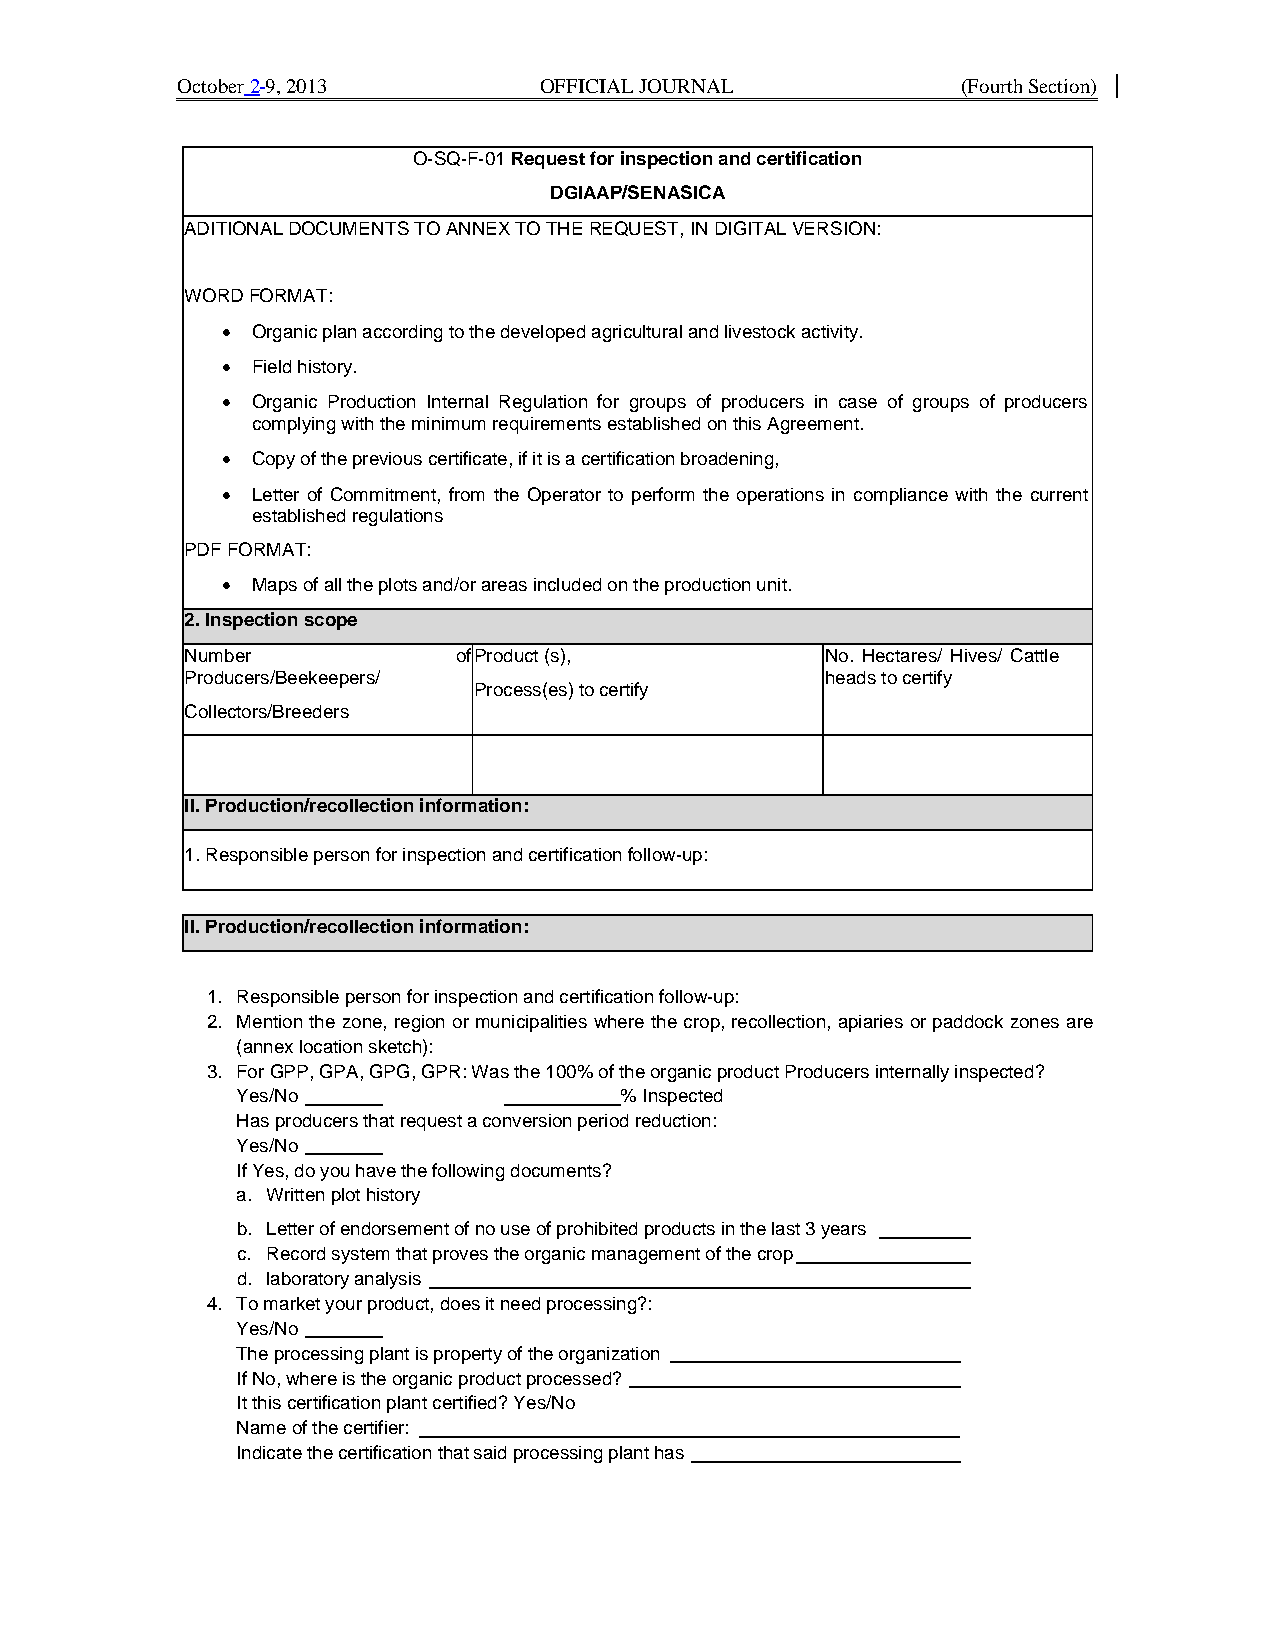
October 2 9, 2013       OFFICIAL JOURNAL            (Fourth Section)
 O-SQ-F-01 Request for inspection and certification
 DGIAAP/SENASICA
 ADITIONAL DOCUMENTS TO ANNEX TO THE REQUEST, IN DIGITAL VERSION:
 WORD FORMAT:
 • Organic plan according to the developed agricultural and livestock activity.
 • Field history.
 • Organic Production Internal Regulation for groups of producers in case of groups of producers
 complying with the minimum requirements established on this Agreement.
 • Copy of the previous certificate, if it is a certification broadening,
 • Letter of Commitment, from the Operator to perform the operations in compliance with the current
 established regulations
 PDF FORMAT:
 • Maps of all the plots and/or areas included on the production unit.
 2. Inspection scope
 Number            of Product (s),          No. Hectares/ Hives/ Cattle
 Producers/Beekeepers/                      heads to certify
 Process(es) to certify
 Collectors/Breeders
 II. Production/recollection information:
 1. Responsible person for inspection and certification follow-up:
 II. Production/recollection information:
 1. Responsible person for inspection and certification follow-up:
 2. Mention the zone, region or municipalities where the crop, recollection, apiaries or paddock zones are
 (annex location sketch):
 3. For GPP, GPA, GPG, GPR: Was the 100% of the organic product Producers internally inspected?
 Yes/No                   % Inspected
 Has producers that request a conversion period reduction:
 Yes/No
 If Yes, do you have the following documents?
 a. Written plot history
 b. Letter of endorsement of no use of prohibited products in the last 3 years
 c. Record system that proves the organic management of the crop
 d. laboratory analysis
 4. To market your product, does it need processing?:
 Yes/No
 The processing plant is property of the organization
 If No, where is the organic product processed?
 It this certification plant certified? Yes/No
 Name of the certifier:
 Indicate the certification that said processing plant has